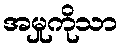
အမှုကိုသာ